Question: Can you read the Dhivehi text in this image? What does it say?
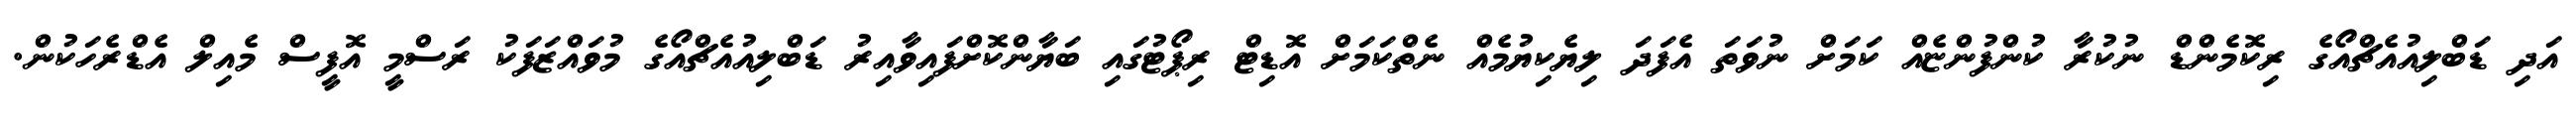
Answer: އަދި ޑަބްލިއުއެޗްއޯގެ ރިކޮމެންޑް ނުކުރާ ކުންފުންޏެއް ކަމަށް ނުވަތަ އެފަދަ ލިޔެކިޔުމެއް ނެތްކަމަށް އޮޑިޓް ރިޕޯޓުގައި ބަޔާންކޮށްފައިވާއިރު ޑަބްލިއުއެޗްއޯގެ މުވައްޒަފަކު ރަސްމީ އޮފީސް މެއިލް އެޑްރެހަކުން.